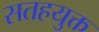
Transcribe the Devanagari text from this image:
सतहयुक्त